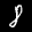
Label: 8